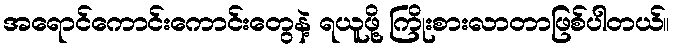
အရောင်ကောင်းကောင်းတွေနဲ့ ရယူဖို့ ကြိုးစားလာတာဖြစ်ပါတယ်။